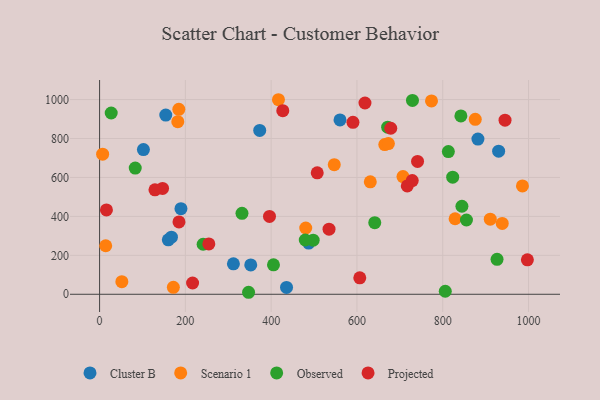
{"axis": {"x": "Speed", "y": "Demand"}, "legend": ["Cluster B", "Observed", "Projected", "Scenario 1"], "data": [{"x": "435.8", "y": 35.1, "type": "Cluster B"}, {"x": "160.2", "y": 279.8, "type": "Cluster B"}, {"x": "930.3", "y": 735.1, "type": "Cluster B"}, {"x": "154.3", "y": 920.5, "type": "Cluster B"}, {"x": "560.5", "y": 895.4, "type": "Cluster B"}, {"x": "167.5", "y": 293.4, "type": "Cluster B"}, {"x": "102.2", "y": 743.0, "type": "Cluster B"}, {"x": "352.4", "y": 150.8, "type": "Cluster B"}, {"x": "373.3", "y": 841.3, "type": "Cluster B"}, {"x": "312.0", "y": 156.6, "type": "Cluster B"}, {"x": "487.5", "y": 263.1, "type": "Cluster B"}, {"x": "189.7", "y": 439.5, "type": "Cluster B"}, {"x": "882.0", "y": 796.9, "type": "Cluster B"}, {"x": "480.6", "y": 340.5, "type": "Scenario 1"}, {"x": "773.8", "y": 992.8, "type": "Scenario 1"}, {"x": "172.0", "y": 35.6, "type": "Scenario 1"}, {"x": "51.9", "y": 64.6, "type": "Scenario 1"}, {"x": "938.7", "y": 363.7, "type": "Scenario 1"}, {"x": "664.9", "y": 768.9, "type": "Scenario 1"}, {"x": "828.8", "y": 388.0, "type": "Scenario 1"}, {"x": "631.1", "y": 577.4, "type": "Scenario 1"}, {"x": "182.3", "y": 886.4, "type": "Scenario 1"}, {"x": "14.3", "y": 249.2, "type": "Scenario 1"}, {"x": "7.1", "y": 719.7, "type": "Scenario 1"}, {"x": "910.8", "y": 385.9, "type": "Scenario 1"}, {"x": "547.1", "y": 665.8, "type": "Scenario 1"}, {"x": "707.3", "y": 604.3, "type": "Scenario 1"}, {"x": "673.3", "y": 774.1, "type": "Scenario 1"}, {"x": "985.8", "y": 556.4, "type": "Scenario 1"}, {"x": "184.7", "y": 949.7, "type": "Scenario 1"}, {"x": "875.8", "y": 898.7, "type": "Scenario 1"}, {"x": "417.0", "y": 999.2, "type": "Scenario 1"}, {"x": "497.9", "y": 277.9, "type": "Observed"}, {"x": "844.7", "y": 452.1, "type": "Observed"}, {"x": "332.0", "y": 415.7, "type": "Observed"}, {"x": "842.3", "y": 916.0, "type": "Observed"}, {"x": "671.6", "y": 858.0, "type": "Observed"}, {"x": "926.6", "y": 179.3, "type": "Observed"}, {"x": "855.3", "y": 381.5, "type": "Observed"}, {"x": "823.2", "y": 601.3, "type": "Observed"}, {"x": "729.4", "y": 995.7, "type": "Observed"}, {"x": "241.4", "y": 256.9, "type": "Observed"}, {"x": "405.4", "y": 151.4, "type": "Observed"}, {"x": "27.1", "y": 931.1, "type": "Observed"}, {"x": "641.5", "y": 368.0, "type": "Observed"}, {"x": "83.1", "y": 648.0, "type": "Observed"}, {"x": "813.1", "y": 733.0, "type": "Observed"}, {"x": "347.3", "y": 10.3, "type": "Observed"}, {"x": "479.5", "y": 278.9, "type": "Observed"}, {"x": "805.9", "y": 15.6, "type": "Observed"}, {"x": "146.8", "y": 543.9, "type": "Projected"}, {"x": "534.9", "y": 334.4, "type": "Projected"}, {"x": "945.2", "y": 894.0, "type": "Projected"}, {"x": "427.1", "y": 943.2, "type": "Projected"}, {"x": "185.1", "y": 371.6, "type": "Projected"}, {"x": "678.8", "y": 852.6, "type": "Projected"}, {"x": "717.3", "y": 556.7, "type": "Projected"}, {"x": "507.4", "y": 623.6, "type": "Projected"}, {"x": "129.1", "y": 536.4, "type": "Projected"}, {"x": "254.7", "y": 258.7, "type": "Projected"}, {"x": "997.3", "y": 177.0, "type": "Projected"}, {"x": "590.7", "y": 882.9, "type": "Projected"}, {"x": "606.6", "y": 84.6, "type": "Projected"}, {"x": "396.1", "y": 399.9, "type": "Projected"}, {"x": "618.7", "y": 982.4, "type": "Projected"}, {"x": "728.9", "y": 583.9, "type": "Projected"}, {"x": "741.3", "y": 682.5, "type": "Projected"}, {"x": "216.8", "y": 57.9, "type": "Projected"}, {"x": "16.0", "y": 433.4, "type": "Projected"}]}